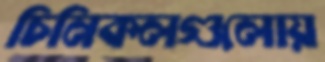
চিনিকলগুলোয়